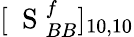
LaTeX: [\mathrm{~\mathbf~S~}_{BB}^{f}]_{10,10}